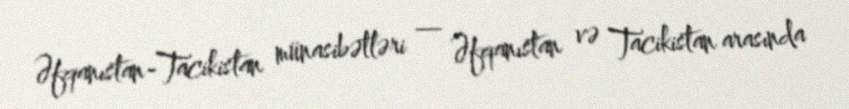
Əfqanıstan-Tacikistan münasibətləri — Əfqanıstan və Tacikistan arasında